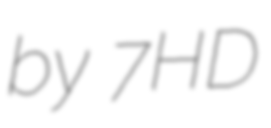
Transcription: by 7HD